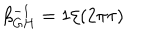
\beta _ { G H } ^ { - 1 } = 1 / ( 2 \pi \tau )